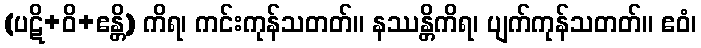
(ပဋိ+ဝိ+ဧန္တိ) ကိရ၊ ကင်းကုန်သတတ်။ နဿန္တိကိရ၊ ပျက်ကုန်သတတ်။ ဧဝံ၊